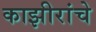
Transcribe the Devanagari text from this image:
काझीरांचे